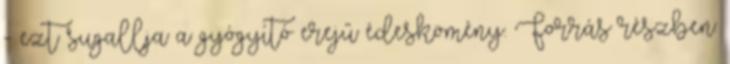
- ezt sugallja a gyógyító erejű édeskömény. Forrás részben: